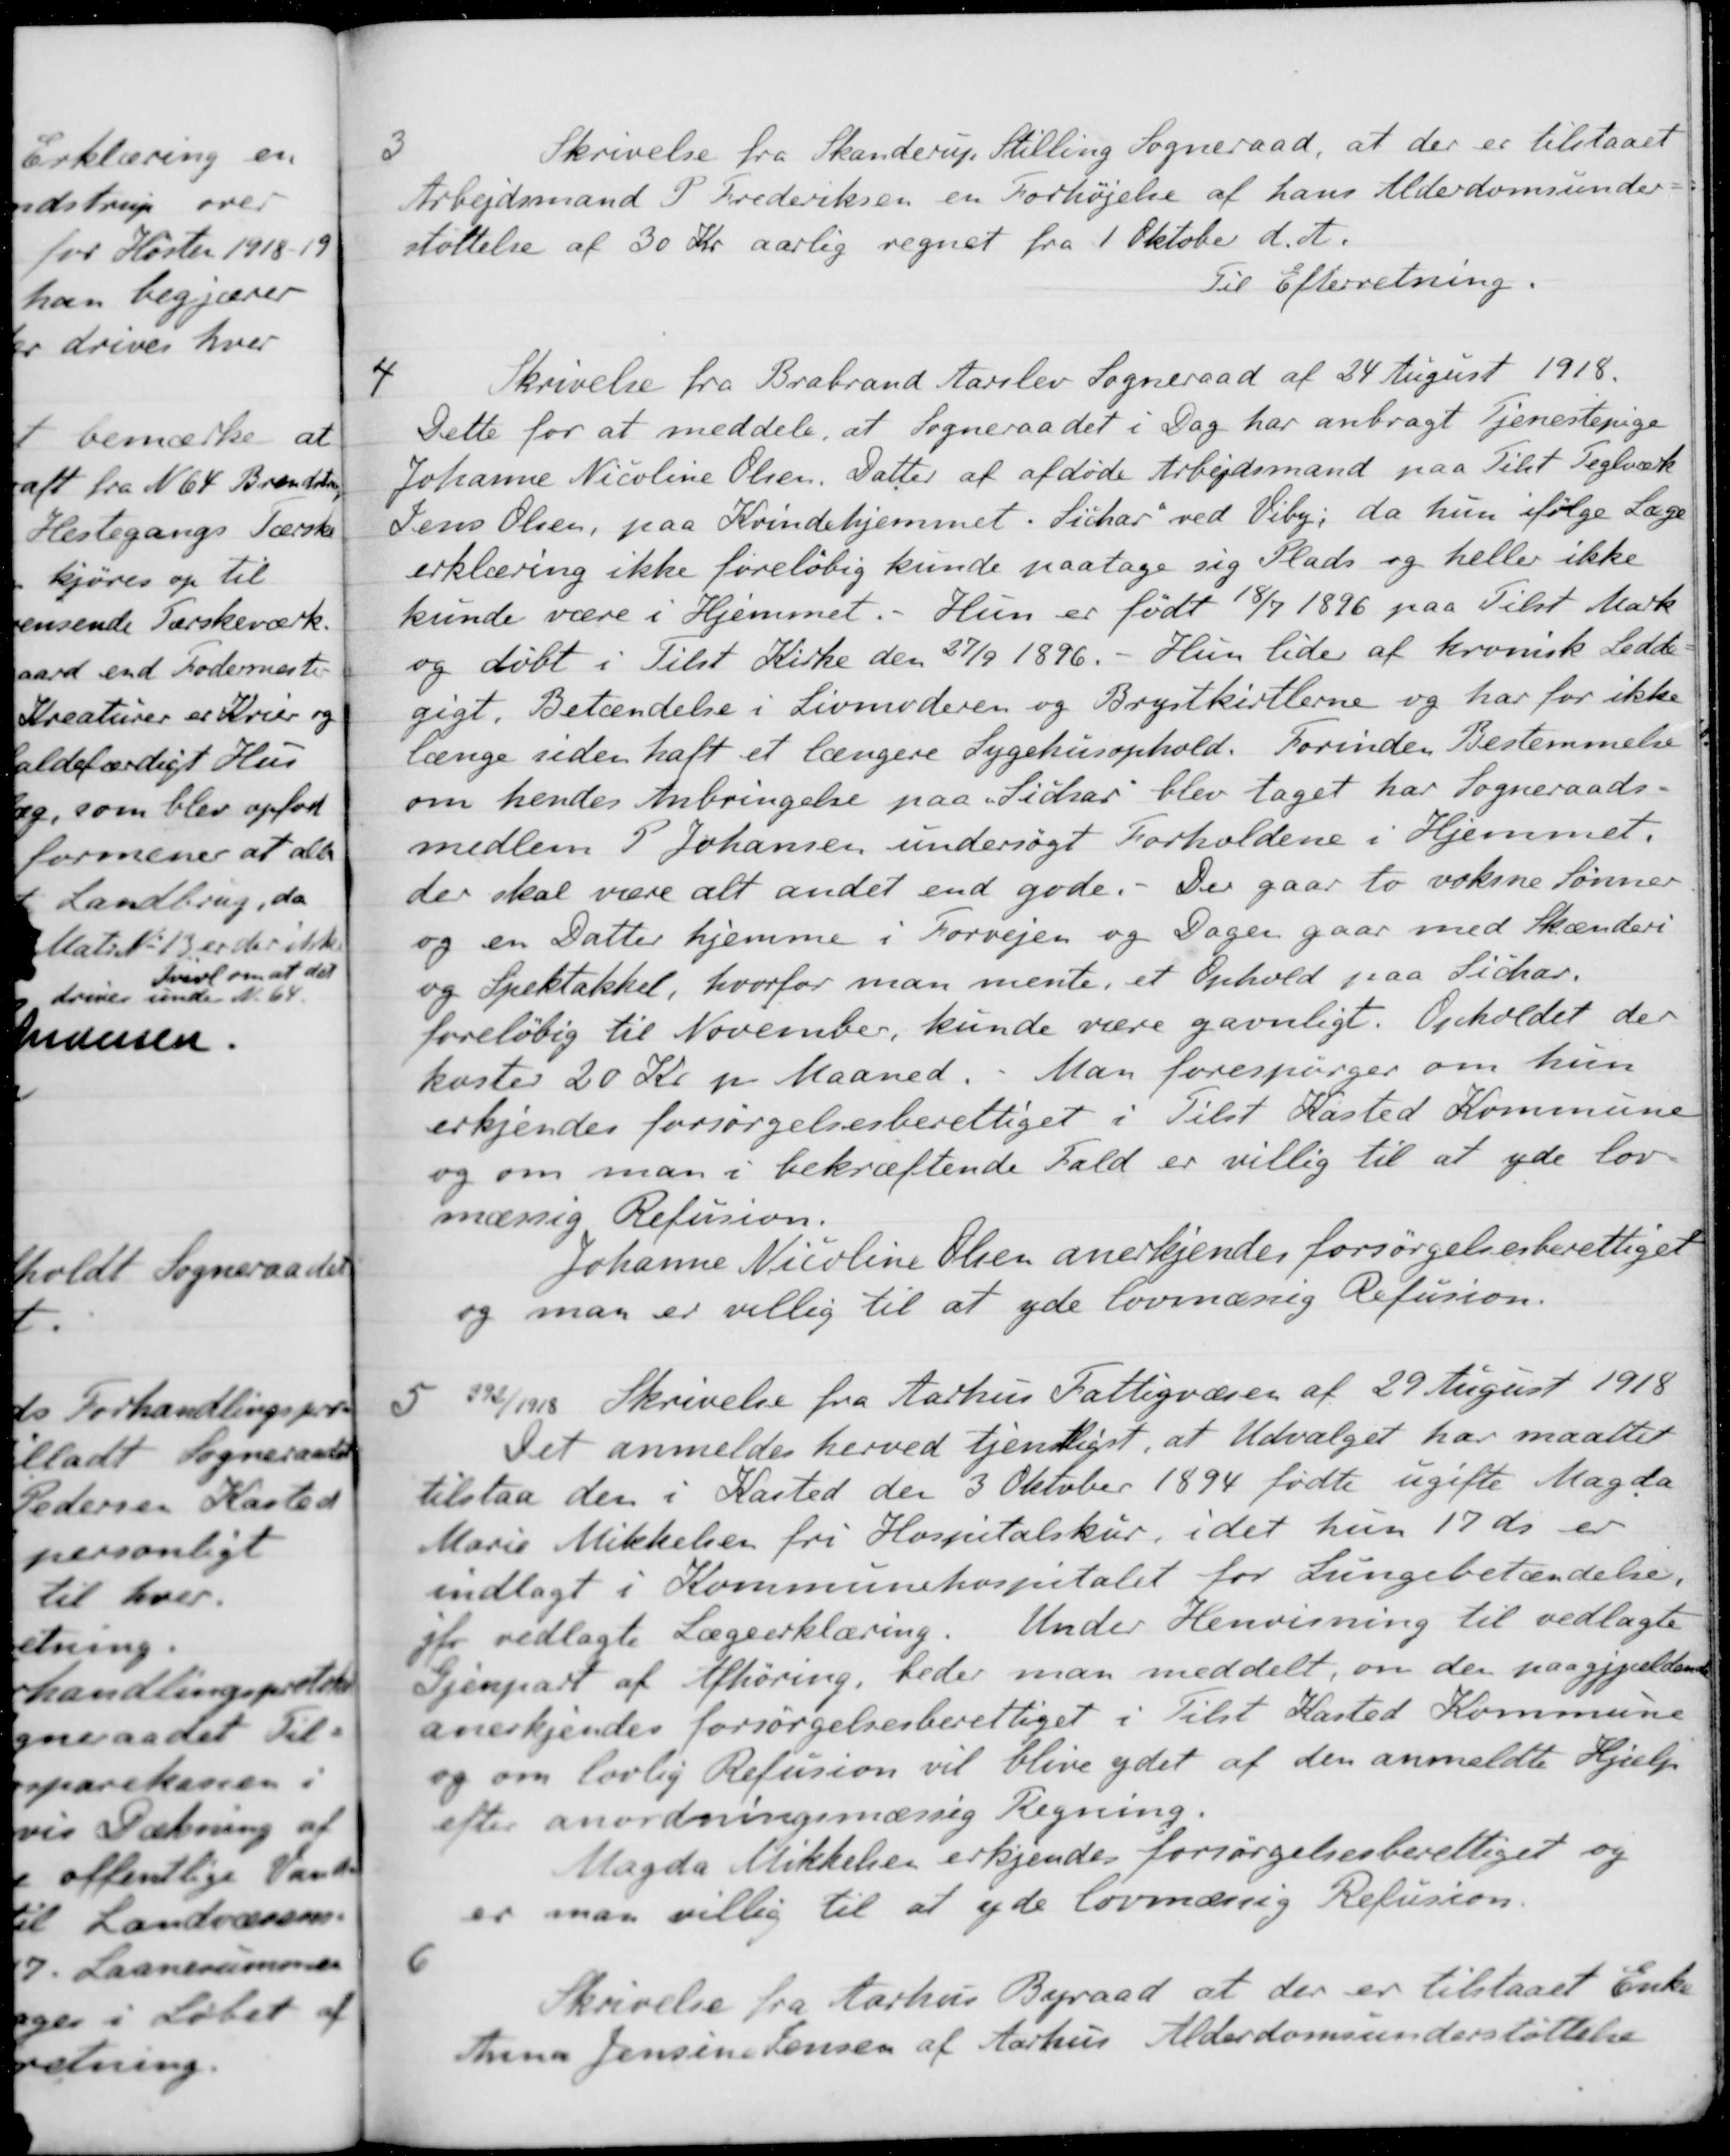
Transskription:
3
Skrivelse fra Skanderup Stilling Sogneraad, at der er tilstaaet
Arbejdsmand P Frederiksen en Forhøjelse af hans Alderdomsunder-
støttelse af 30 Kr aarlig regnet fra 1 Oktober d. A.
Til Efterretning.
4
Skrivelse fra Brabrand Aarslev Sogneraad af 34 August 1918.
Dette for at meddele, at Sogneraadet i Dag har anbragt Tjenestepige
Johanne Nicoline Olsen. Datter af afdøde Arbejdsmand paa Tilst Teglvær
Jens Olsen, paa Kvindehjemmet. Lichar ved Viby, da hun ifølge Læge
erklæring ikke foreløbig kunde paatage sig Plads og heller ikke
kunde være i Hjemmet. - Hun er født 18/7 1896 paa Tilst Mark
og døbt i Tilst Kirke den 27/9 1896. - Hun lide af kronisk Ledde-
gigt. Betændelse i Livmoderen og Brystkirtlerne og har for ikke
længe siden haft et længere Sygehusophold. Forinden Bestemmelse
om hendes Anbringelse paa Sichar" blev taget har Sogneraads-
medlem P Johansen undersøgt Forholdene i Hjemmet.
der skal være alt andet end gode. Der gaar to voksne Sønner
og en Datter hjemme i Forvejen og Dager gaar med Skænderi
og Spektakkel, hvorfor man mente, et Ophold paa Sichar-
foreløbig til November, kunde være gavnligt. Opholdet der
koster 20 Kr pr Maaned. Man forespørger om hun
erkjendes forsørgelsesberettiget i Tilst Kasted Kommune
og om man i bekræftende Fald er villig til at yde lov-
mæssig Refusion.
Johanne Nicoline Olsen anerkjendes forsørgelsesberettiget
og man er villig til at yde lovmæssig Refusion.
5
32/12. Skrivelse fra Aarhus Fattigvæsen af 29 August 1918
Det anmeldes herved tjentligst, at Udvalget har maattet
tilstaa den i Kasted den 3 Oktober 1894 fødte ugifte Magda
Marie Mikkelsen fri Hospitalsker, idet hun 17 ds er
indlagt i Kommunehospitalet for Lungebetændelse.
sfo vedlagte Lægeerklæring. Under Henvisning til vedlagte
Tjenpart af Afhøring, beder man meddelt, om den paagjældende
anerkjendes forsørgelsesberettiget i Tilst Kasted Kommune
om lovlig Refusion vil blive ydet af den anmeldte Hjælp
efter anordningsmæssig Regning.
Magda Mikkelsen erkjender forsørgelsesberettiget og
er man villig til at yde lovmæssig Refusion.
6
Skrivelse fra Aarhus Byraad at der er tilstaaet Enke
Aina Jensine Jensen af Aarhus Alderdomsunderstøttelse